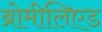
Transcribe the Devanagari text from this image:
ब्रोमीलिएड